Report on sanitation, dispensaries, and jails in Rajputana for 1915, and on vaccination for the year 1915-1916 - 1915-1916
Year: 1915
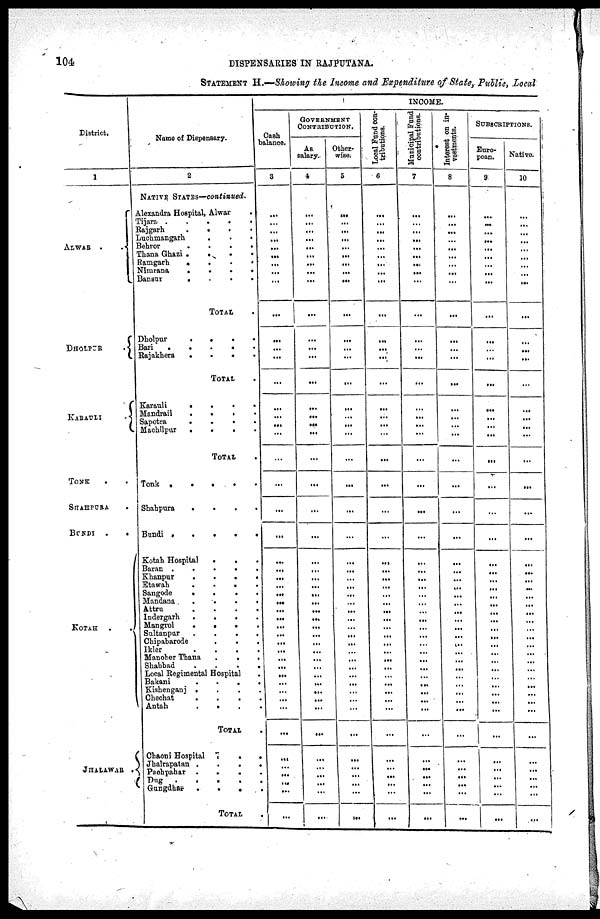
104
DISPENSARIES IN RAJPUTANA.
STATEMENT H.—Showing the Income and Expendiure of State, Public, Local
District.
1
ALWAR . .
DHOLPUR
.
KARAULI
TONK . .
SHAHPURA .
BUNDI
.
.
KOTAH
JHALAWAR .
Name of Dispensary.
2
NATIVE STATES—continued.
Alexandra Hospital, Alwar .
Tijara
.
.
.
.
.
Rajgarh
.
.
.
.
.
Luchmangarh . . .
Behror
.
.
.
.
.
Thana Ghazi
.
.
.
.
.
Ramgarh
.
.
.
.
.
Nimrana
.
.
.
.
.
Bansur
.
.
.
.
.
TOTAL .
Dholpur
.
.
.
.
.
Bari
.
.
.
.
.
Rajakhera . . . . .
TOTAL
Karauli
.
.
.
.
.
Mandrail . . . . .
Sapotra
.
.
.
.
.
Machilpur . . . . .
TOTAL
Tonk
.
.
.
.
.
Shahpura
.
.
.
.
.
Bundi . . . . .
Kotah Hospital . . .
Baran
.
.
.
.
.
Khanpur
.
.
.
.
.
Etawah
.
.
.
.
.
Sangode
.
.
.
.
.
Mandana
.
.
.
.
.
Attru
.
.
.
.
.
Indergarh
.
.
.
.
.
Mangrol . . . . .
Sultanpur
.
.
.
.
.
Chipabarode . . .
Ikler
.
.
.
.
.
Manoher Thana
.
.
.
Shahbad
.
.
.
.
.
Local Regimental Hospital .
Bakani
.
.
.
.
Kishenganj . . . .
Chechat . . . .
Antah . . . .
TOTAL
Chaoni Hospital . . .
Jhalrapatan . . . .
Pachpahar
.
.
.
.
.
Dug
.
.
.
.
.
Gungdhar . . . . .
TOTAL .
INCOME.
Cash
balance.
3
...
...
...
...
...
...
...
...
...
...
...
...
...
...
...
...
...
...
...
...
...
...
...
...
...
...
...
...
...
...
...
...
...
...
...
...
...
...
...
...
...
...
...
...
...
...
...
...
GOVERNMENT
CONTRIBUTION.
As
salary.
4
...
...
...
...
...
...
...
...
...
...
...
...
...
...
...
...
...
...
...
...
...
...
...
...
...
...
...
...
...
...
...
...
...
...
...
...
...
...
...
...
...
...
...
...
...
...
...
...
Other
wise.
5
...
...
...
...
...
...
...
...
...
...
...
...
...
...
...
...
...
...
...
...
...
...
...
...
...
...
...
...
...
...
...
...
...
...
...
...
...
...
...
...
...
...
...
...
...
...
...
...
Local Fund con-
tributions.
6
...
...
...
...
...
...
...
...
...
...
...
...
...
...
...
...
...
...
...
...
...
...
...
...
...
...
...
...
...
...
...
...
...
...
...
...
...
...
...
...
...
...
...
...
...
...
...
...
Municipal Fund
contributions.
7
...
...
...
...
...
...
...
...
...
...
...
...
...
...
...
...
...
...
...
...
...
...
...
...
...
...
...
...
...
...
...
...
...
...
...
...
...
...
...
...
...
...
...
...
...
...
...
...
Interest on in-
vestments.
8
...
...
...
...
...
...
...
...
...
...
...
...
...
...
...
...
...
...
...
...
...
...
...
...
...
...
...
...
...
...
...
...
...
...
...
...
...
...
...
...
...
...
...
...
...
...
...
...
SUBSCRIPTIONS.
Euro-
pean.
9
...
...
...
...
...
...
...
...
...
...
...
...
...
...
...
...
...
...
...
...
...
...
...
...
...
...
...
...
...
...
...
...
...
...
...
...
...
...
...
...
...
...
...
...
...
...
...
...
Native.
10
...
...
...
...
...
...
...
...
...
...
...
...
...
...
...
...
...
...
...
. ..
...
...
...
...
...
...
...
...
...
...
...
...
...
...
...
...
...
...
...
...
...
...
...
...
...
...
...
...